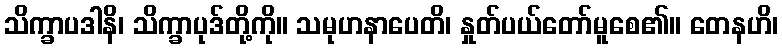
သိက္ခာပဒါနိ၊ သိက္ခာပုဒ်တို့ကို။ သမုဟနာပေတိ၊ နှုတ်ပယ်တော်မူစေ၏။ တေနဟိ၊